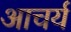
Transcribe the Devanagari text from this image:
आचर्य